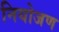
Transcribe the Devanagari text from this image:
नियोजण